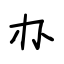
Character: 办